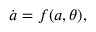
\dot { \boldsymbol { a } } = \boldsymbol { f } ( \boldsymbol { a } , \boldsymbol { \theta } ) ,